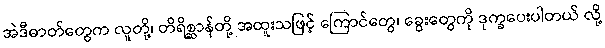
အဲဒီဓာတ်တွေက လူတို့၊ တိရိစ္ဆာန်တို့ အထူးသဖြင့် ကြောင်တွေ၊ ခွေးတွေကို ဒုက္ခပေးပါတယ် လို့